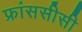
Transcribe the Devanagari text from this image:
फ्रांससीसी